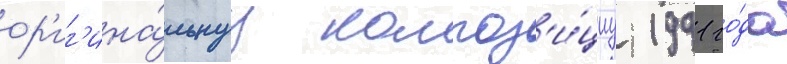
ор'иг'ина́льнуу композ'и́циу 1991 го́да